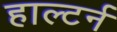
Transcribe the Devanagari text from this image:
हाल्टर्न